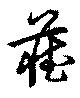
蔵